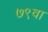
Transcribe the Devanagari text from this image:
७९वा